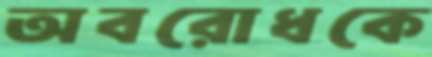
অবরোধকে